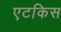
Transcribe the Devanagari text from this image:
एटकिस